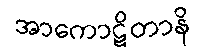
အာကောဋိတာနိ